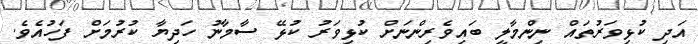
އަދި ކުޅިވަރުތައް ނިންމާލީ ބައިވެރިންނަށް ކުޅިވަރު ކުޅޭ ސާމާނު ހަދިޔާ ކުރުމަށް ފަހުއެވެ.